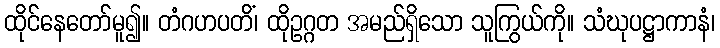
ထိုင်နေတော်မူ၍။ တံဂဟပတိံ၊ ထိုဥဂ္ဂတ အမည်ရှိသော သူကြွယ်ကို။ သံဃုပဋ္ဌာကာနံ၊